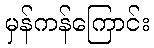
မှန်ကန်ကြောင်း